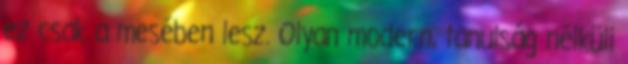
ez csak a mesében lesz. Olyan modern, tanulság nélküli